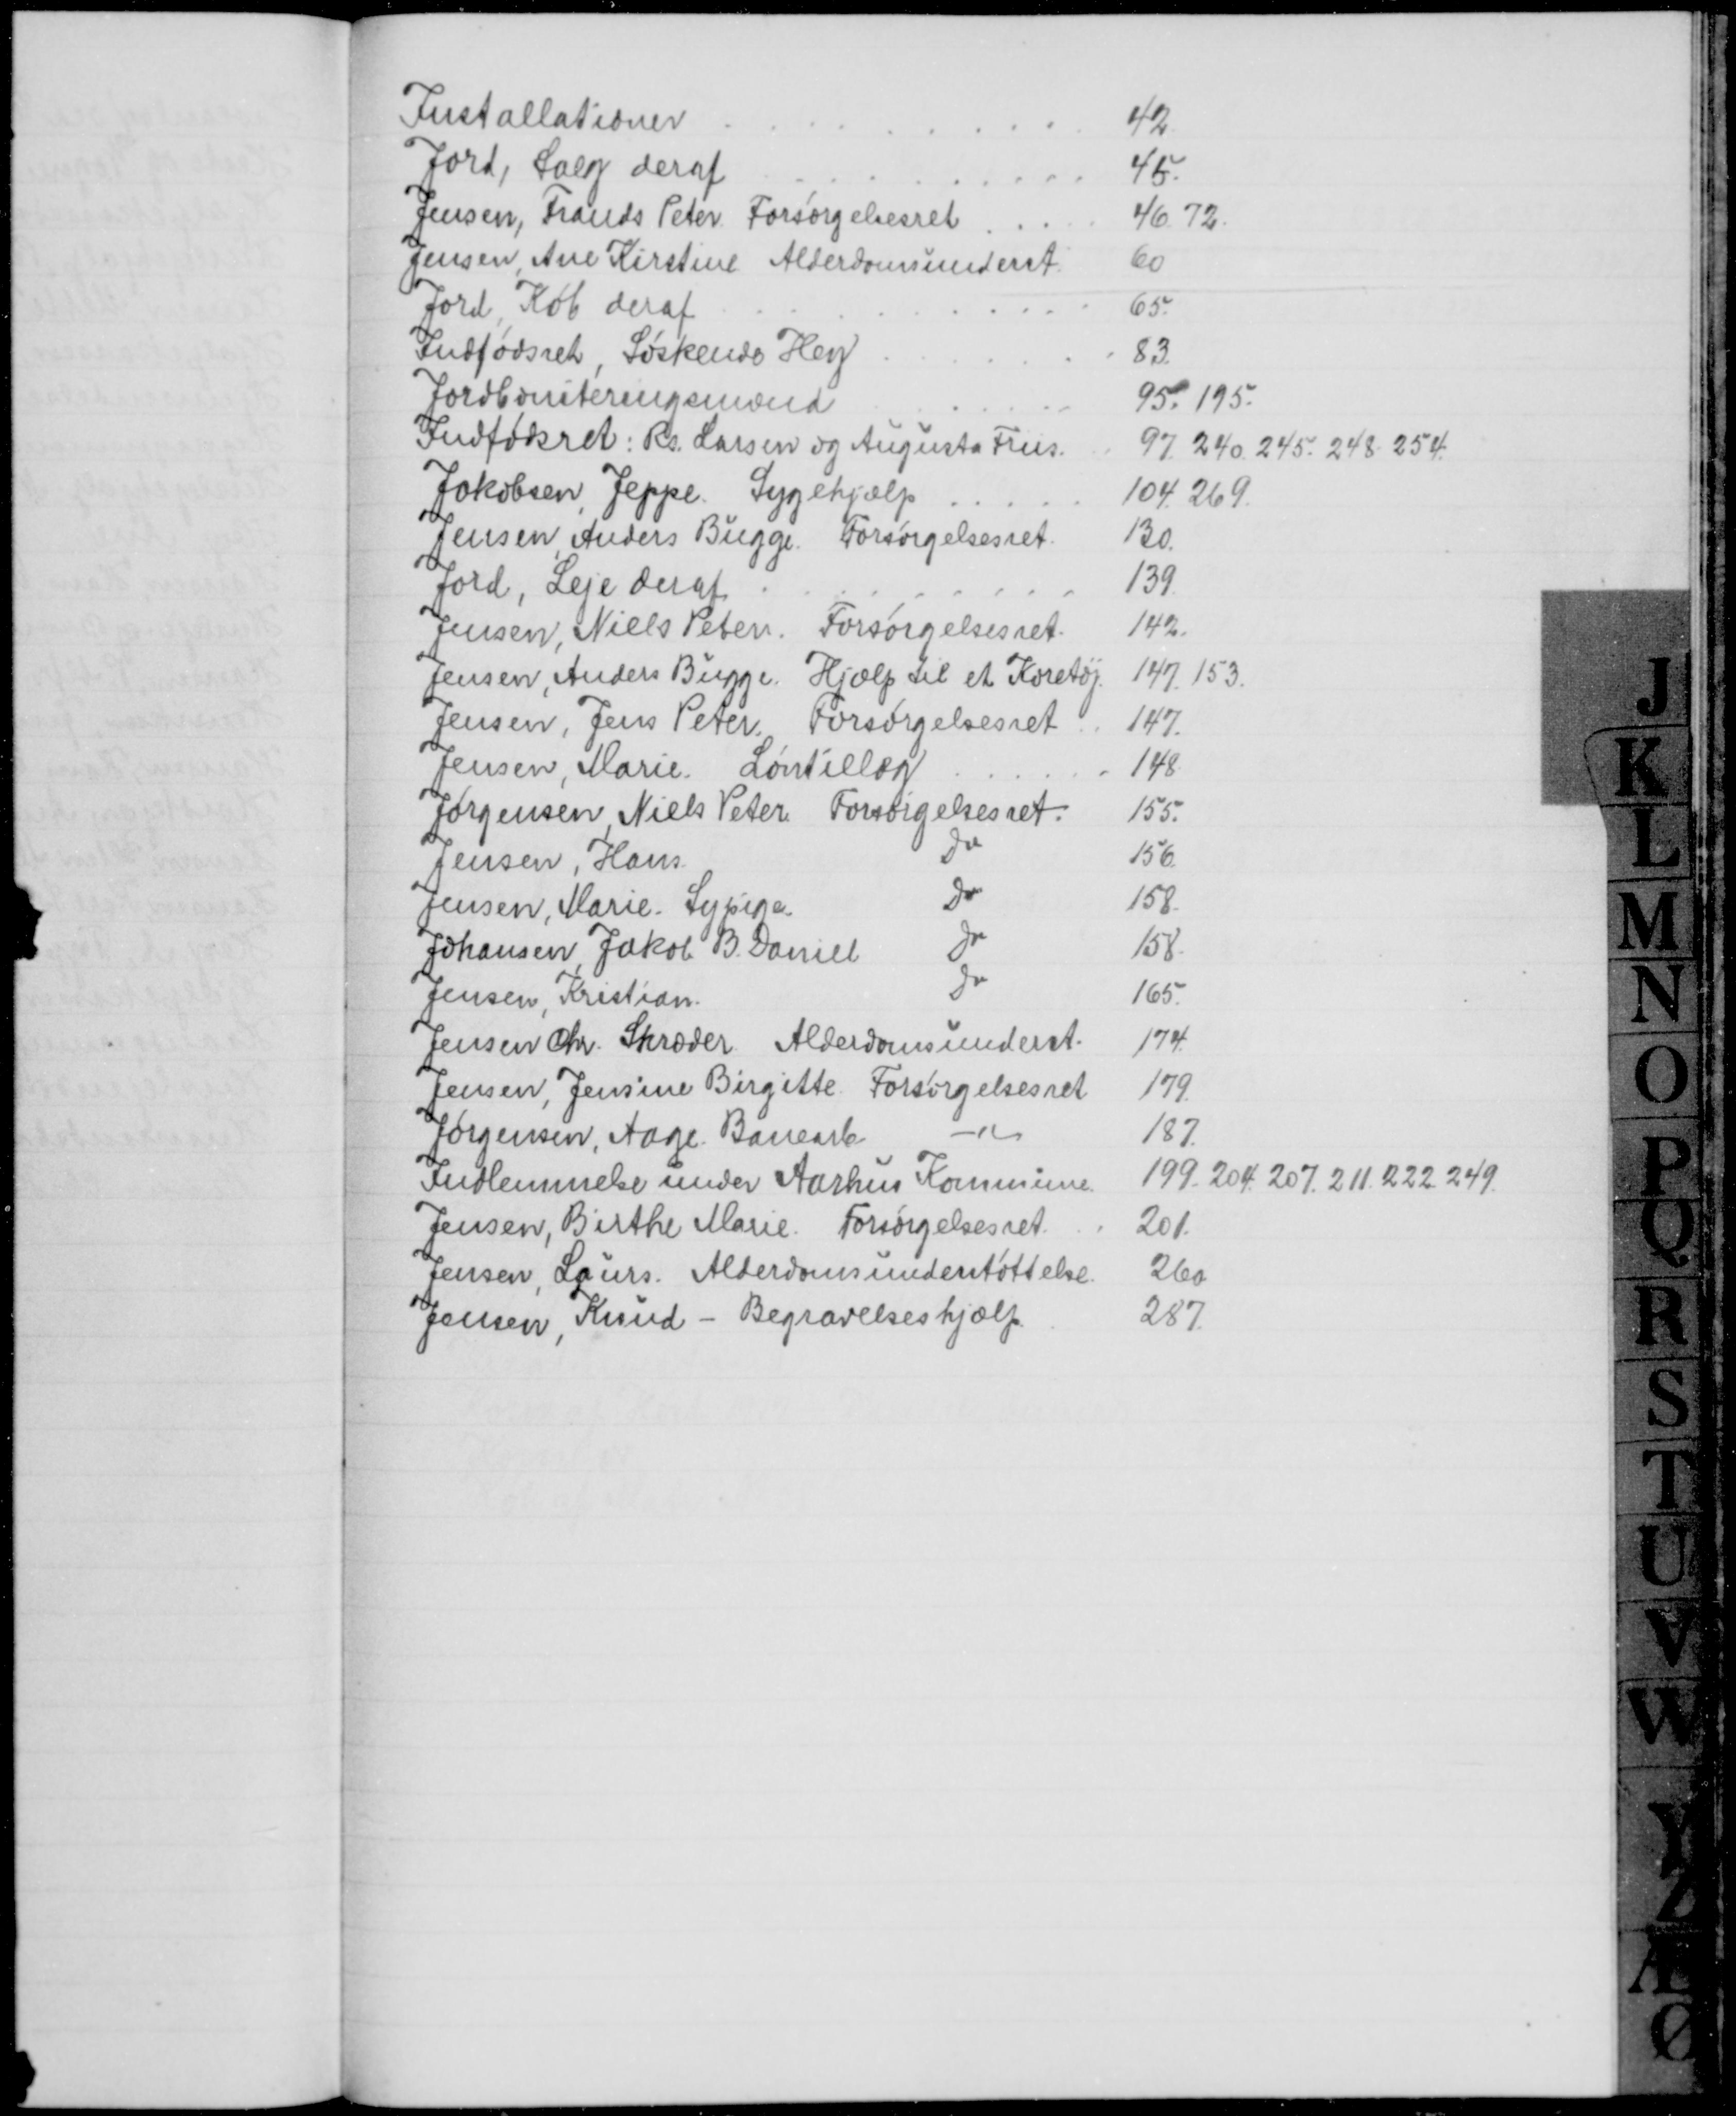
Transskription:
Installationer
42
Jord, Salg deraf
45.
Jensen, Frands Peter Forsørgelsesret
46. 72.
Jensen, Ane Kirstine Alderdomsunderst
60
Jord, Køb deraf
65.
Indfødsret, Søskende Hey
83.
Jordboniteringsmænd
95. 195.
Indfødsret: Rs. Larsen og Augusta Friis.
97. 240. 245. 248. 254.
Jakobsen, Jeppe Sygehjælp
104. 269.
Jensen, Anders Bugge. Forsørgelsesret.
130.
Jord, Leje deraf
139
Jensen, Niels Peter. Forsørgelsesret.
142.
Jensen, Anders Bugge. Hjælp til et Køretøj
147. 153.
Jensen, Jens Peter. Forsørgelsesret
147.
Jensen, Marie. Løntillæg
148
Jørgensen Niels Peter Forsørgelsesret.
155.
Jensen, Hans
Do
156
Jensen, Marie. Sypige.
Do
158.
Johansen, Jakob B. Daniel
Do
158.
Jensen, Kristian.
Do
165.
Jensen Chr. Skræder Alderdomsunderst.
174.
Jensen, Jensine Birgette. Forsørgelsesret
179.
Jørgensen, Aage Banearb.
187.
Indlemmelse under Aarhus Kommune
199. 204. 207. 211. 222. 249.
Jensen, Birthe Marie. Forsørgelsesret.
201.
Jensen, Laurs. Alderdomsunderstøttelse
260
Jensen, Knud - Begravelseshjælp.
287.